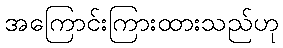
အကြောင်းကြားထားသည်ဟု